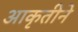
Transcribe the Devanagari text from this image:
आकृतीने